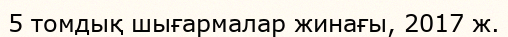
5 томдық шығармалар жинағы, 2017 ж.